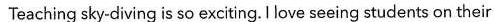
Teaching sky-diving is so exciting.Ilove seeing students on their